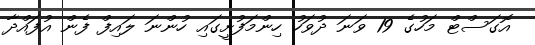
އޮގަސްޓް މަހުގެ 19 ވަނަ ދުވަހު ހިންމަފުށީގައި ހުންނަ ލައިފް ފެން އުފައްދާ